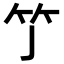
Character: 𥫘